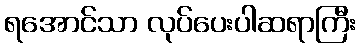
ရအောင်သာ လုပ်ပေးပါဆရာကြီး